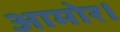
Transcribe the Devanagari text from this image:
आमोर।